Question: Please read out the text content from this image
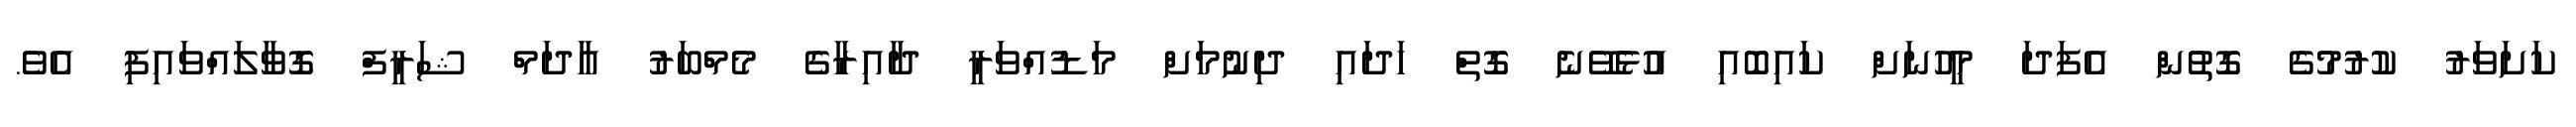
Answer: ކަށަވަރު ކުރުމުގެ ގޮތުން އެފަދަ މީހުނަށް ކައިބޮއި އުޅެވޭނެ ގޮތް ހަދައި ދިނުމަށް މަޑުއްވަރީ ދާއިރާގެ މެމްބަރު އާދަމް ޝަރީފް ގޮވާލައްވައިފި އެވެ.